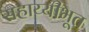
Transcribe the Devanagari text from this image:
सहाय्यीभूत